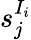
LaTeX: s_{j}^{I_{i}}